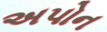
અપોન